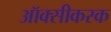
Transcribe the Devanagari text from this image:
ऑक्सीकरक